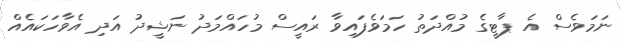
ނަމަވެސް އެ ޕާޓީގެ މުއްދަތު ހަމަވެފައިވާ ރައީސް މުހައްމަދު ނަޝީދު އަދި އެވާހަކައެއް